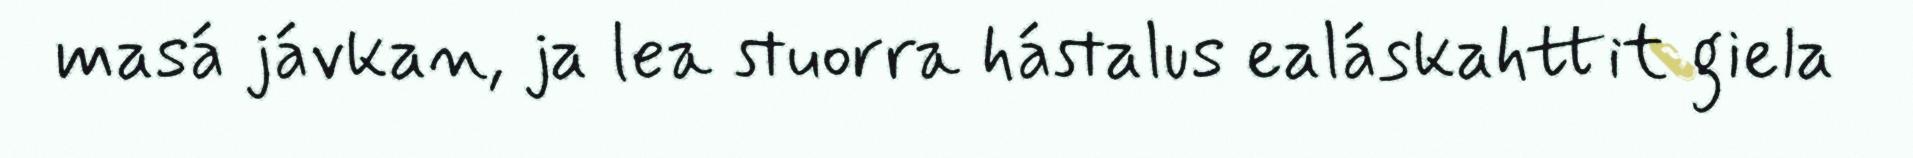
masá jávkan, ja lea stuorra hástalus ealáskahttit giela